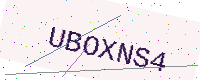
Text: UBOXNS4